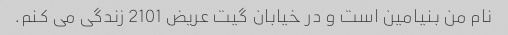
نام من بنیامین است و در خیابان گیت عریض 2101 زندگی می کنم.